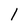
Character: 1